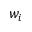
w _ { i }